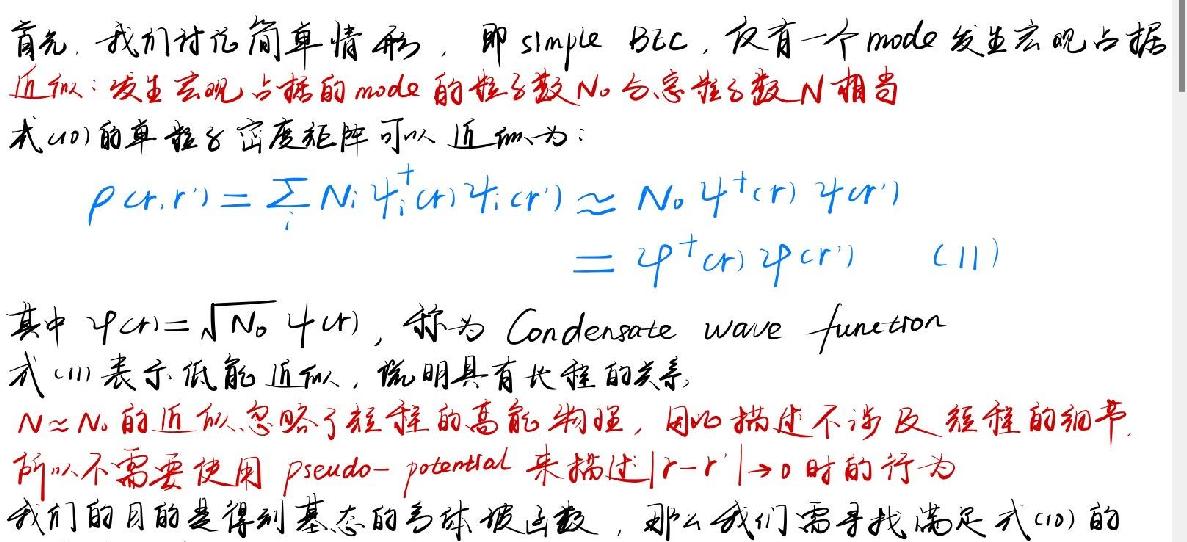
首先，我们讨论简单情形，即 simple BEC，仅有一个 mode 发生宏观占据
近似：发生宏观占据的 mode 的粒子数 \(N_0\) 与总粒子数 \(N\) 相当
式(10)的单粒子密度矩阵可以近似为：
\[
\begin{align*}
\rho(r,r')=\sum_i N_i \psi_i^+(r)\psi_i(r')&\approx N_0 \psi^+(r)\psi(r')\\
&=\varphi^+(r)\varphi(r')\quad(11)
\end{align*}
\]
其中 \(\varphi(r)=\sqrt{N_0}\psi(r)\)，称为 Condensate wave - function
式(11)表示低能近似，说明具有长程的关联。
\(N\approx N_0\) 的近似忽略了粒子的高能物理，因此描述不涉及短程的细节
所以不需要使用 pseudo - potential 来描述 \(|r - r'|\to0\) 时的行为
我们的目的是得到基态的多体波函数，那么我们需寻找满足式(10)的